system: You are a helpful assistant.
user:
Analyze the provided spectrum to determine if it is a **"Cataclysmic Variables (CV)"**.

- **Key Indicators for CV (Check for either state):**
    - **State 1: Quiescent / Low-State (Emission-Dominated)**
        - **(Primary):** Strong and *very broad* Hydrogen Balmer emission lines (e.g., $H\alpha$ at 6563 Å, $H\beta$ at 4861 Å). The 'broadness' (high velocity dispersion, often FWHM > 1000 km/s) is the key diagnostic, indicating a high-velocity accretion disk.
        - **(Secondary):** Broad neutral Helium (He I) emission lines (e.g., 5876 Å, 6678 Å).
        - **(Key Confirmation):** Presence of high-excitation *ionized* Helium (He II) emission at 4686 Å. This is a strong indicator of accretion onto a white dwarf.
        - **(Line Profile):** Emission lines may exhibit a 'double-peaked' profile, which is a classic signature of a rotating accretion disk viewed at high inclination.

    - **State 2: Outburst / High-State (Absorption-Dominated)**
        - **(Primary):** Spectrum is dominated by a bright, blue continuum (looks like a hot star).
        - **(Secondary):** The emission lines from State 1 are weak, absent, or 'filled in', and are replaced by broad, shallow *absorption* lines (primarily Balmer and He I).
        - **(Morphology):** The overall spectrum mimics a hot B/A-type star. The crucial difference is that the absorption lines are significantly broader, shallower, and more 'washed-out' (or 'smeared') than the sharp lines of a normal stellar photosphere, due to high rotational speeds and pressure broadening in the disk.

Think first, call **spectral_visualization_tool** if needed to examine features in detail, then provide your final answer. Your response must adhere to the following strict rules:
1.  **Overall Structure:** Your response must follow the format `<think>...</think> <tool_call>...</tool_call> (if a tool is used) <answer>...</answer>`.
2.  **Tool Usage Constraint:** You may only make **one** tool call per turn.
3.  **Final Answer Format:** In the `<answer>` tag, your conclusion must be inside a `\boxed{}` command (e.g., `\boxed{YES}`), followed by your justification.

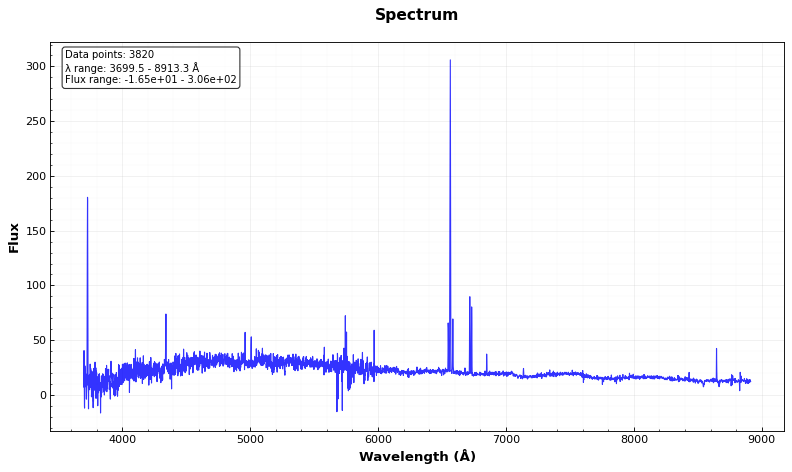
Answer: NO